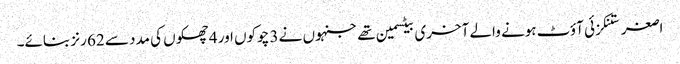
اصغر ستنکزئی آؤٹ ہونے والے آخری بیٹسمین تھے جنہوں نے 3 چوکوں اور 4 چھکوں کی مدد سے 62 رنز بنائے۔